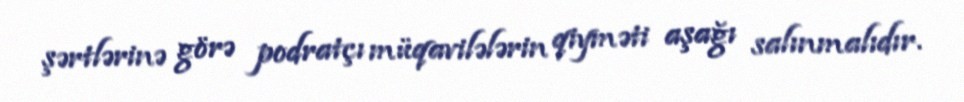
şərtlərinə görə podratçı müqavilələrin qiyməti aşağı salınmalıdır.